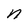
Character: n